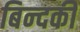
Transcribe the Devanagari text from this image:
बिन्‍दकी